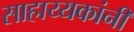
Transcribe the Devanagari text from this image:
साहाय्यकांनी